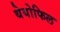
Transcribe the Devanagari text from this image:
थेयोफिल